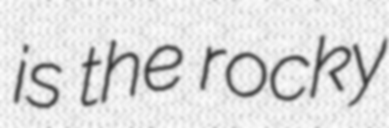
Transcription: is the rocky